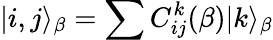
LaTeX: |i,j\rangle_{\beta}=\sum C_{ij}^{k}({\beta})|k\rangle_{\beta}